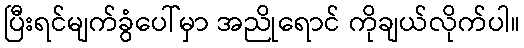
ပြီးရင်မျက်ခွံပေါ်မှာ အညိုရောင် ကိုချယ်လိုက်ပါ။